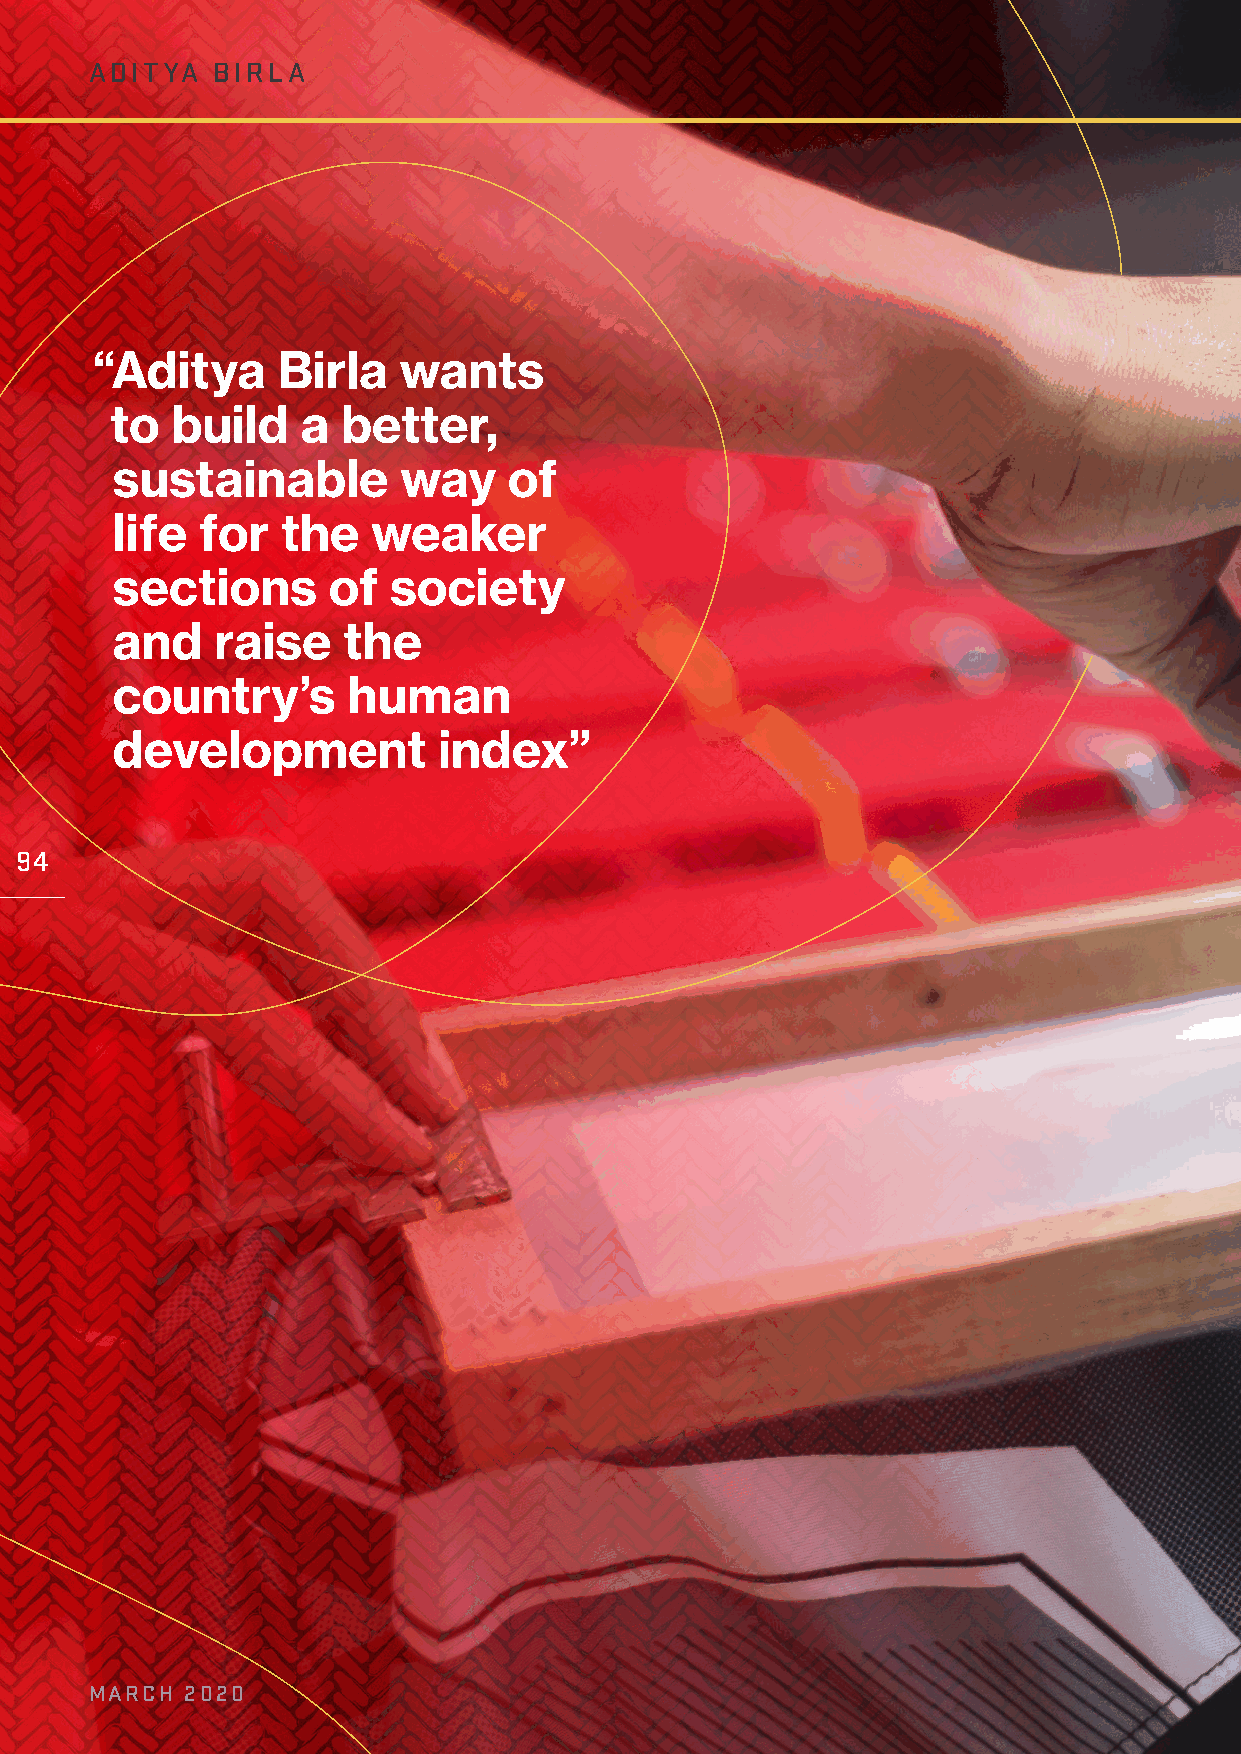
ADITYA  BIRLA
 “ Aditya    Birla   wants
 to  build    a  better,
 sustainable        way     of
 life  for   the   weaker
 sections       of  society
 and    raise    the
 country’s       human
 development           index”
 94
 MARCH 2020